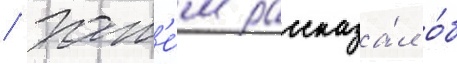
/ зат'е́м рассказа́л о́б